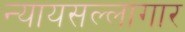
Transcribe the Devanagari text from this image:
न्यायसल्लागार